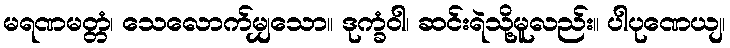
မရဏမတ္တံ၊ သေလောက်မျှသော။ ဒုက္ခံဝါ၊ ဆင်းရဲသို့မူလည်း။ ပါပုဏေယျ၊